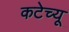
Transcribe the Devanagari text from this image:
कटेच्यू